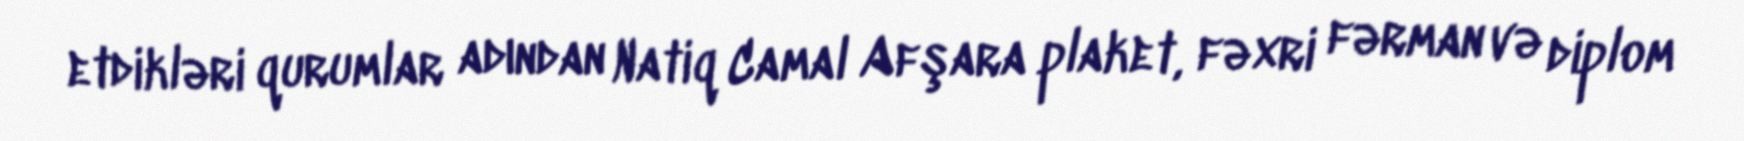
etdikləri qurumlar adından Natiq Camal Afşara plaket, fəxri fərman və diplom